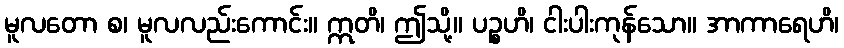
မူလတော စ၊ မူလလည်းကောင်း။ ဣတိ၊ ဤသို့။ ပဉ္စဟိ၊ ငါးပါးကုန်သော။ အာကာရေဟိ၊